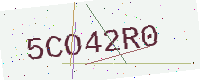
Text: 5CO42R0